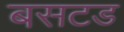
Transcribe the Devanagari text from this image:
बसटड